Vaike-Kullamaa_(Vaikna)_vallavalitsus, lk 40
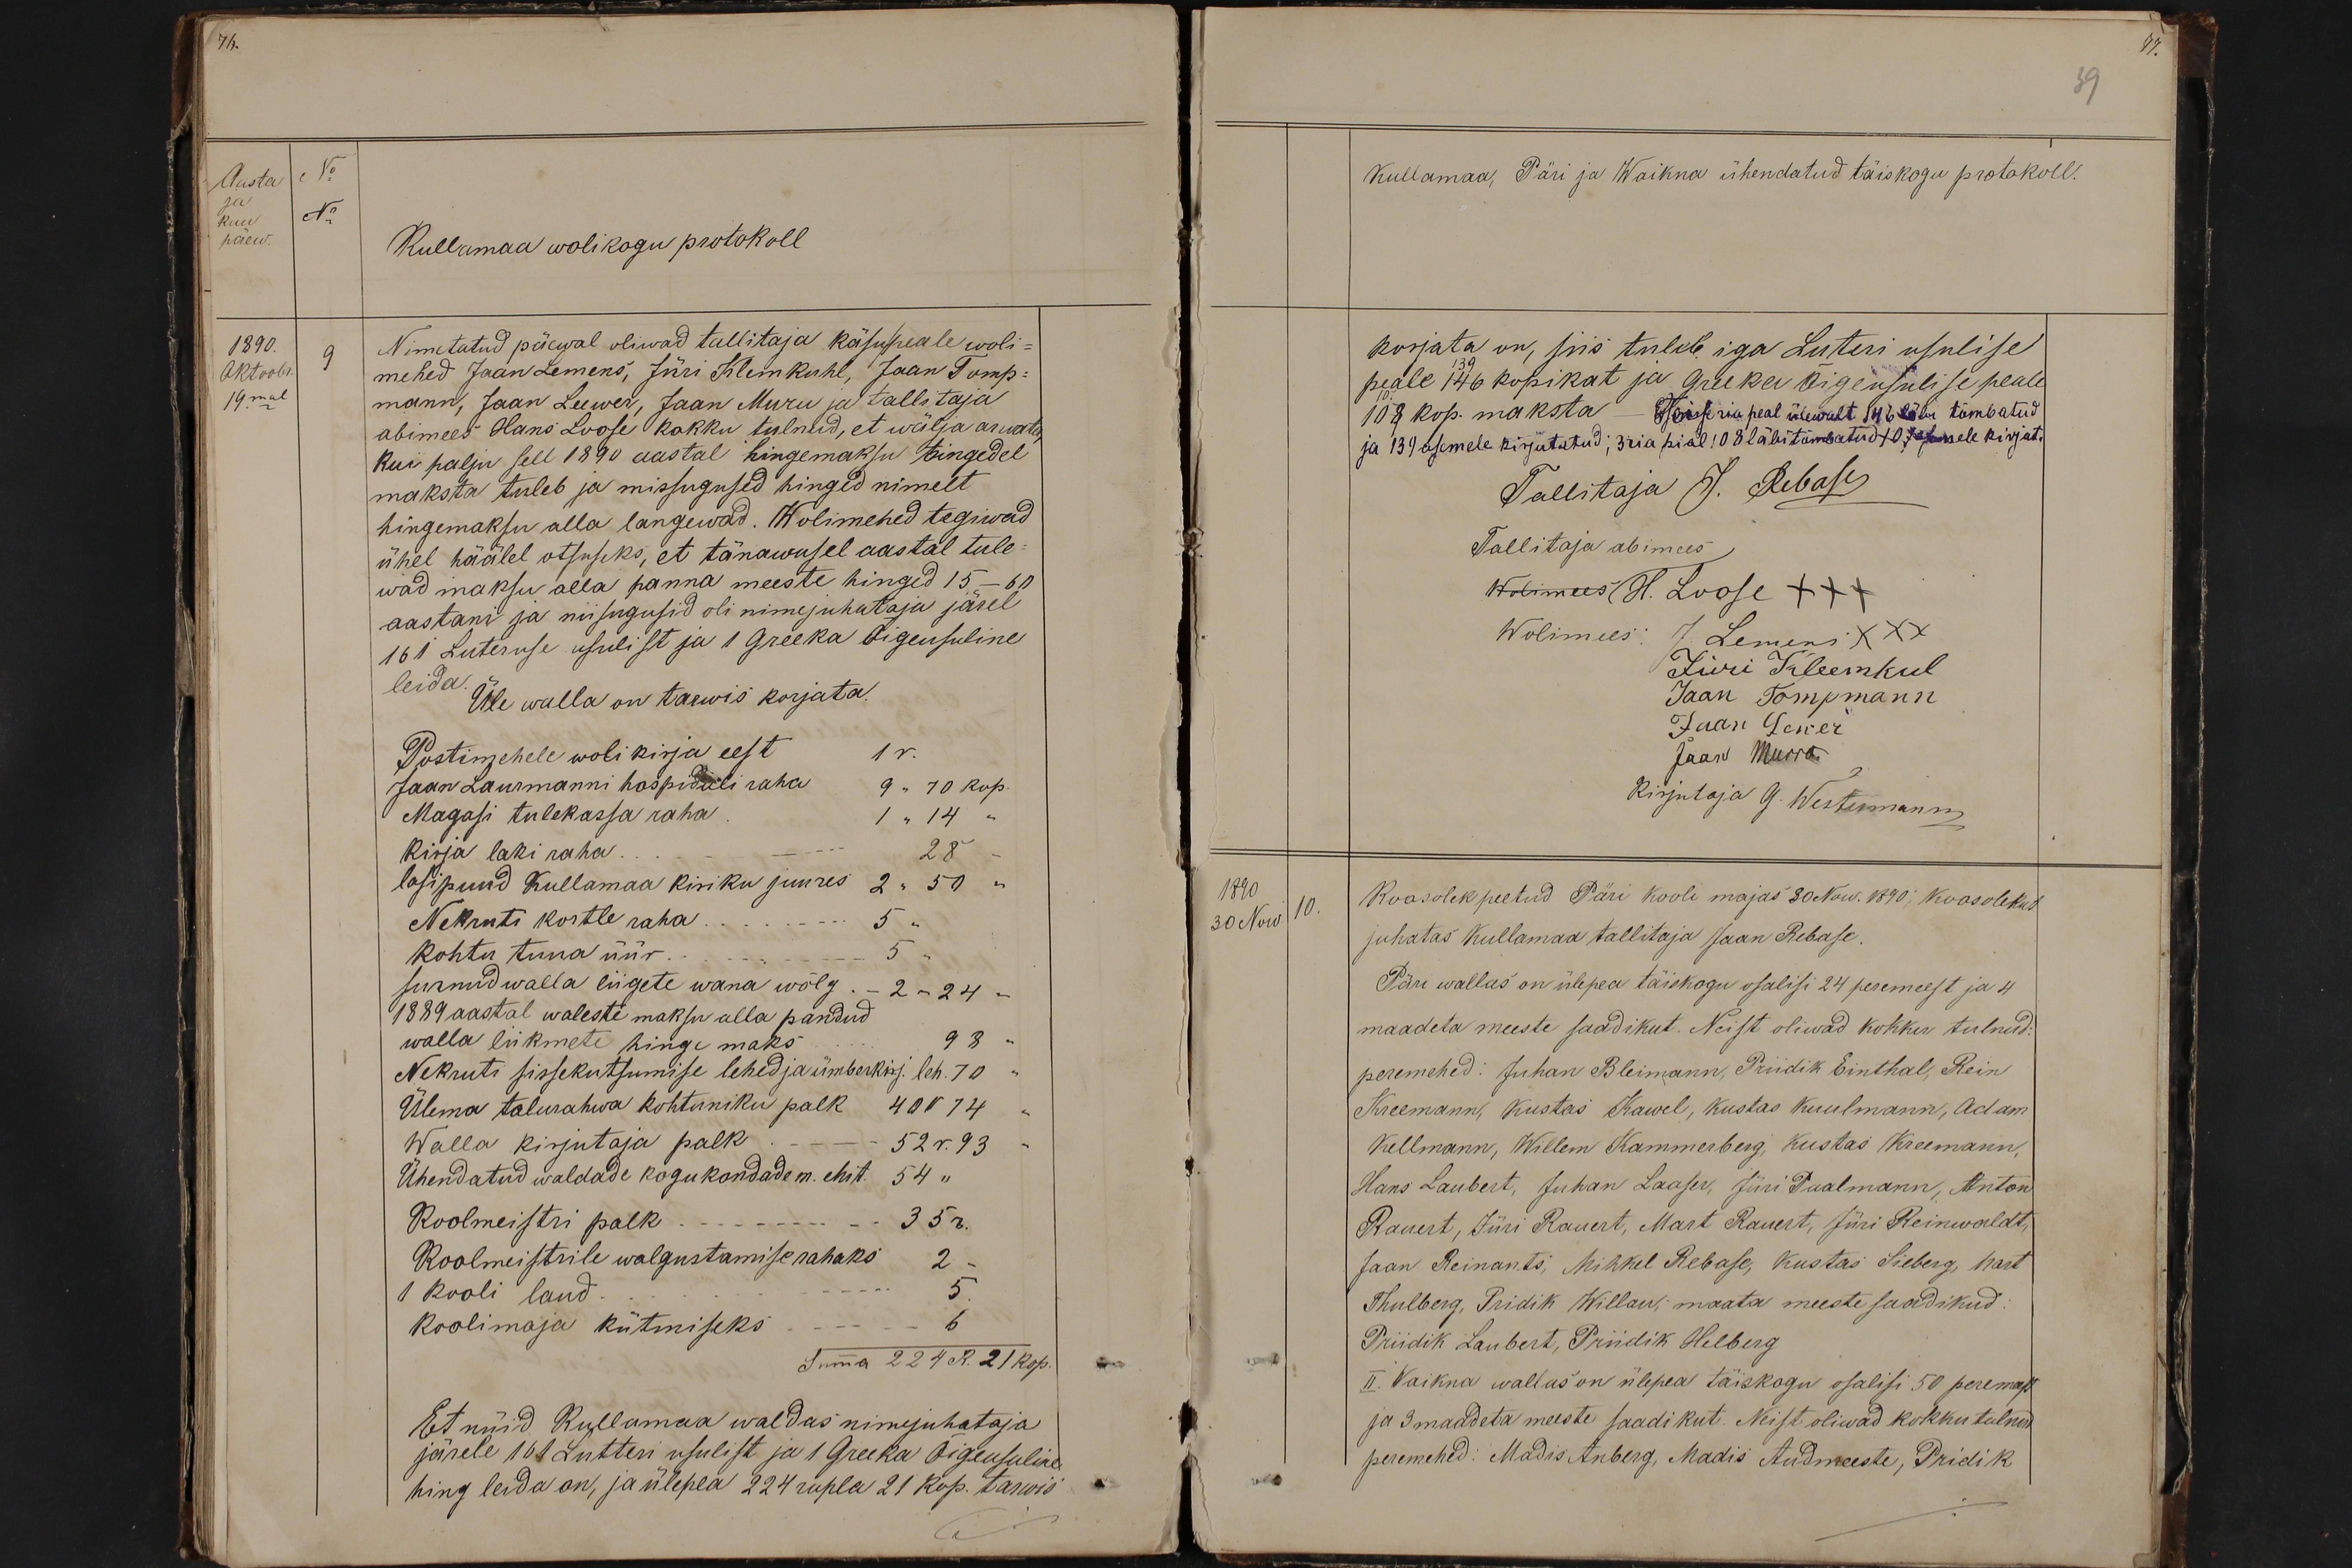
Aasta
No
päew.
ja
kuu
No
Kullamaa wolikogu protokoll
1890.
Nimetatud päewal oliwad tallitaja käsupeale woli-
9
Oktoobr.
mehed Jaan Lemens, Jüri Klemkuhl, Jaan Tomp-
19mal
mann, Jaan Leewer, Jaar Muru ja tallitaja
abimees Hans Loose kokku tulnud, et wälja arwata
kui palju sell 1890 aastal hingemaksu tingedel
maksta tuleb ja missugused hinged nimelt
hingemaksu alla langewad. Wolimehed tegiwad
ühel häälel otsuseks, et tänawusel aastal tule-
wad maksu alla panna meeste hinged 15 - 60
aastani ja niisugusid oli nimejuhataja järel
161 Luteruse usulist ja 1 Greeka Õigeusuline
leida.
Üle walla on tarwis korjata.
Postimehele woli kirja eest
1 r.
Jaan Laurmanni hospidali raha 9 " 70 kop.
Magasi tulekassa raha
1 " 14 "
kirja laki raha.
28
lasipuud Kullamaa kiriku juures 2 " 50 "
Nekruti kortle raha
5.
Kohtu tuna üür
5.
surnud walla liigete wana wõlg.- 2 - 24 --
1889 aastal waleste maksu alla pandud.
walla liikmete hinge maks 98
Nekruti sissekutsumise lehed ja ümberkirj. leh. 7 10
Ülema talurahwa kohtuniku palk 40 r 74
Walla kirjutaja palk - 52 r. 93
Ühendatud waldade kogukondade m. ehit. 54 "
Koolmeistri palk - 35r .
Koolmeistrile walgustamise rahaks 2 -
1 kooli laud.
koolimaja kütmiseks - - 6
Summa 224 R. 21 kop.
Et nüid Kullamaa waldas nimejuhataja
järele 161 Lutteri usulist ja 1 Greeka Õigeusuline
hing leida on, ja ülepea 224 rupla 21 kop. tarwis

39
Kullamaa, Päri ja Waikna ühendatud täiskogu protokoll.
korjata on, siis tuleb iga Luteri usulise
peale 139 146 kopikat ja greeka õigeusulise peale
108 kop. maksta - Joissi aia peal ülewalt 146 läbi tõmbatud
ja 139 asemele kirjutatud: 3 ria pial 108 läbitõmbatud 107 asemele kirjut.
Tallitaja J. Rebase
Tallitaja abimees
Wolimees H. Loose +++
Wolimees
J. Lemens XXX
Jüri Kleemkul
Jaan Tompmann
Jaan Lewer
Jaan Murro
Kirjutaja G. Westemann
1890
Koosolek peetud Päri kooli majas 30 Now. 1890; koosolekut
30 Now
10.
juhatas Kullamaa tallitaja Jaan Rebase
Koosolek peetud Päri kooli majas 30 Now. 1890; koosolekut
Päri wallas on ülepea täiskogu osalisi 24 peremeest ja 4
maadeta meeste saadikut. Neist oliwad kokku tulnud:
peremehed: Juhan Bleimann, Priidik Einthal, Rein
Kreemann, Kustas Kawel, Kustas Kuulmann, Adam
Kellmann, Willem Kammerberg, Kustas Kreemann,
Hans Laubert, Juhan Laaser, Jüri Paalmann, Anton
Rauert, Jüri Rauert, Mart Rauert, Jürri Reinwaldt,
Jaan Reinants, Mihkel Rebase, Kustas Sieberg, Mart
Thulberg, Pridik Willan; maata meeste saadikud
Priidik Laubert, Priidik Helberg
III. Waikna wallas on ülepea täiskogu osalisi 50 peremeest
ja 3 maadeta meeste saadikut. Neist oliwad kokku tulnud
peremehed: Madis Anberg, Madis Audmeeste, Pridik